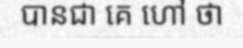
បានជា គេ ហៅ ថា